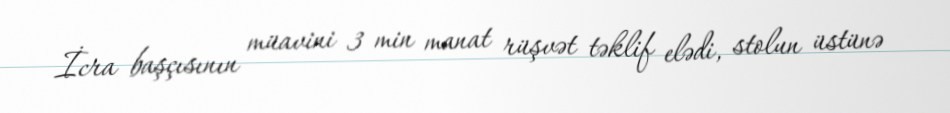
İcra başçısının müavini 3 min manat rüşvət təklif elədi, stolun üstünə